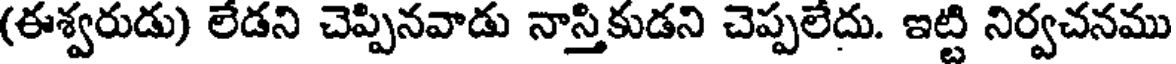
(ఈశ్వరుడు) లేడని చెప్పినవాడు నాస్తికుడని చెప్పలేదు. ఇట్టి నిర్వచనము